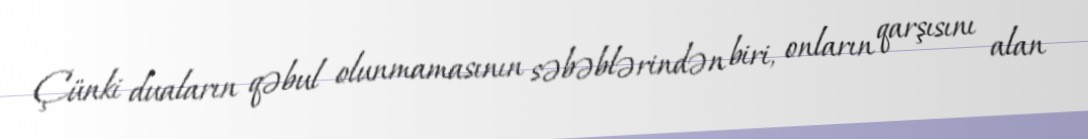
Çünki duaların qəbul olunmamasının səbəblərindən biri, onların qarşısını alan